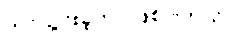
တင်သွင်းခဲ့တာ ဖြစ်ပါတယ်။